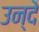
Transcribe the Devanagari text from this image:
उन्दे